Vaccination in Bombay 1863-1868 - 1863-1868
Year: 1863
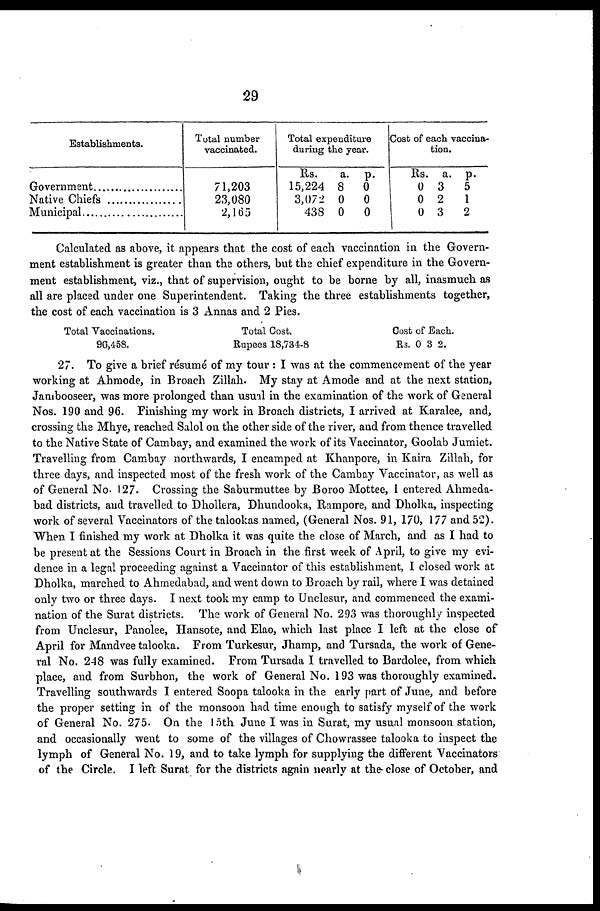
29
Establishments.
Government
Native Chiefs .................
Municipal .......................
Total number
vaccinated.
71,203
23,080
2,165
Total expenditure
during the year.
Rs.
15,224
3,072
438
a.
8
0
0
p.
0
0
0
Cost of each vaccina¬
tion.
Rs.
0
0
0
a.
3
2
3
p.
5
1
2
Calculated as above, it appears that the cost of each vaccination in the Govern-
ment establishment is greater than the others, but the chief expenditure in the Govern-
ment establishment, viz., that of supervision, ought to be borne by all, inasmuch as
all are placed under one Superintendent. Taking the three establishments together,
the cost of each vaccination is 3 Annas and 2 Pies.
Total Vaccinations.
96,458.
Total Cost.
Rupees 18,734.8
Cost of Each.
Rs. 0 3 2.
27. To give a brief résumé of my tour : I was at the commencement of the year
working at Ahmode, in Broach Zillah. My stay at Amode and at the next station,
Jambooseer, was more prolonged than usual in the examination of the work of General
Nos. 190 and 96. Finishing my work in Broach districts, I arrived at Karalee, and,
crossing the Mhye, reached Salol on the other side of the river, and from thence travelled
to the Native State of Cambay, and examined the work of its Vaccinator, Goolab Jumiet.
Travelling from Cambay northwards, I encamped at Khanpore, in Kaira Zillah, for
three days, and inspected most of the fresh work of the Cambay Vaccinator, as well as
of General No. 127. Crossing the Saburmuttee by Boroo Mottee, I entered Ahmeda-
bad districts, and travelled to Dhollera, Dhundooka, Rampore, and Dholka, inspecting
work of several Vaccinators of the talookas named, (General Nos. 91, 170, 177 and 52).
When I finished my work at Dholka it was quite the close of March, and as I had to
be present at the Sessions Court in Broach in the first week of April, to give my evi-
dence in a legal proceeding against a Vaccinator of this establishment, I closed work at
Dholka, marched to Ahmedabad, and went down to Broach by rail, where I was detained
only two or three days. I next took my camp to Unclesur, and commenced the exami-
nation of the Surat districts. The work of General No. 293 was thoroughly inspected
from Unclesur, Panolee, Hansote, and Elao, which last place I left at the close of
April for Mandvee talooka. From Turkesur, Jhamp, and Tursada, the work of Gene-
ral No. 248 was fully examined. From Tursada I travelled to Bardolee, from which
place, and from Surbhon, the work of General No. 193 was thoroughly examined.
Travelling southwards I entered Soopa talooka in the early part of June, and before
the proper setting in of the monsoon had time enough to satisfy myself of the work
of General No. 275. On the 15th June I was in Surat, my usual monsoon station,
and occasionally went to some of the villages of Chowrassee talooka to inspect the
lymph of General No. 19, and to take lymph for supplying the different Vaccinators
of the Circle. I left Surat for the districts again nearly at the close of October, and